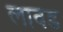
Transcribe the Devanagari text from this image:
लावड